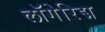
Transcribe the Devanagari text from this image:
लॉगेरिद्म